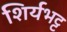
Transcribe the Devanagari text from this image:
शिर्यभट्ट